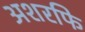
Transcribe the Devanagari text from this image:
अशरफि